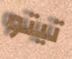
تيتو